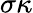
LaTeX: \sigma\kappa